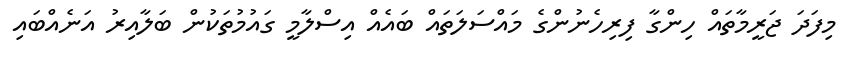
މިފަދަ ޖަރީމާތައް ހިންގާ ފިރިހެނުންގެ މައްސަލަތައް ބައެއް އިސްލާމީ ގައުމުތަކުން ބަލާއިރު އަނެއްބައި